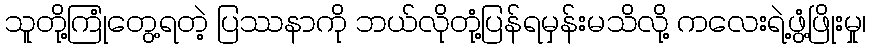
သူတို့ကြုံတွေ့ရတဲ့ ပြဿနာကို ဘယ်လိုတုံ့ပြန်ရမှန်းမသိလို့ ကလေးရဲ့ဖွံ့ဖြိုးမှု၊